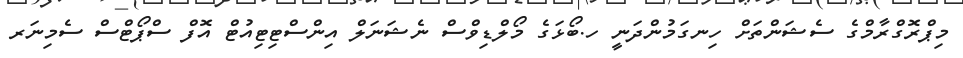
މިޕްރޮގްރާމްގެ ސެޝަންތަށް ހިނގަމުންދަނީ ހ.ބޯޅަގެ މޯލްޑިވްސް ނެޝަނަލް އިންސްޓިޓިއުޓް އޮފް ސްޕޯޓްސް ސެމިނަރ